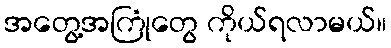
အတွေ့အကြုံတွေ ကိုယ်ရလာမယ်။